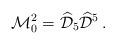
LaTeX: \begin{align*}\mathcal{M}_0^2=\widehat{\mathcal{D}}_5\widehat{\mathcal{D}}^5\, .\end{align*}